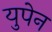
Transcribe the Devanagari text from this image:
युपेन